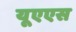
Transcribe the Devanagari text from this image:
यूएएस